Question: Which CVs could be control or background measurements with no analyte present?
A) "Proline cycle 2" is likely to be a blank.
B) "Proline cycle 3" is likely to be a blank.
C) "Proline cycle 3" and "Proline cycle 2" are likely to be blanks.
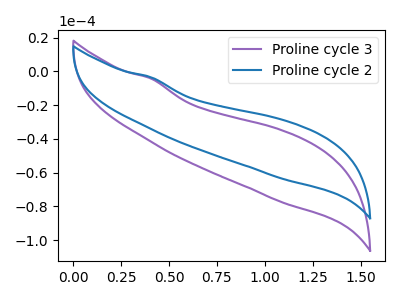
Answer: <think>The purple curve "Proline cycle 3" has no peaks. The blue curve "Proline cycle 2" has no peaks.</think>
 <answer>C) "Proline cycle 3" and "Proline cycle 2" are likely to be blanks.</answer>
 <eval>C</eval>